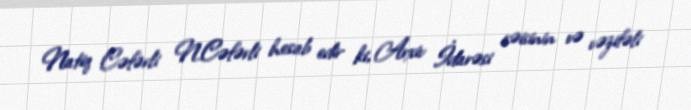
Natiq Cəfərli N.Cəfərli hesab edir ki, Arxiv İdarəsi rəisinin və vəzifəli